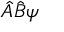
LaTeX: { \hat { A } } { \hat { B } } \psi